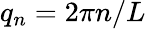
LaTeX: q_{n}=2\pi n/L